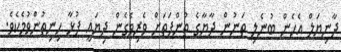
ދާނިޔަލް އެހެން ބުނެލި ތަނުން ދާޔާގެ ތުންފަތަށް ވެރިވެގެން ދިޔައީ ފުޅާ ހިނިތުންވުމެކެވެ.